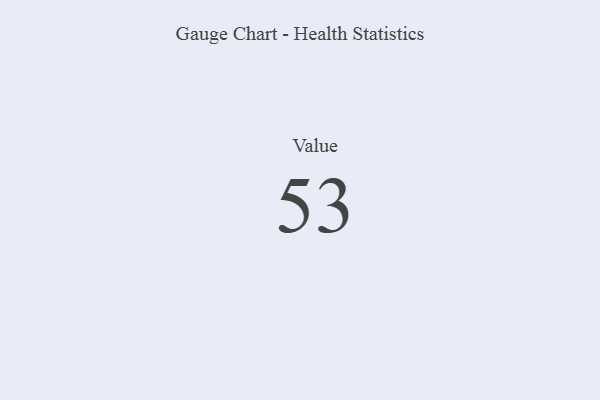
{"axis": {"x": "Metric", "y": "Value"}, "legend": [""], "data": [{"x": "Value", "y": 53, "type": ""}]}